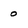
Character: 0